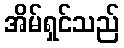
အိမ်ရှင်သည်